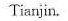
Tianjin.